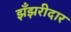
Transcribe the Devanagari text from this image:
झँझरीदार